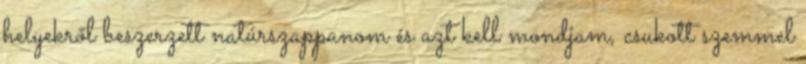
helyekről beszerzett natúrszappanom és azt kell mondjam, csukott szemmel